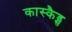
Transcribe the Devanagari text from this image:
कास्कैड्स